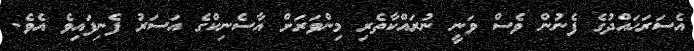
އެސަރަހައްދުގެ ފެނުން ވެސް ވަނީ ނުރައްކާތެރި މިންވަރަށް އާސެނިކްގެ އަސަރު ފެނިފައިވެ އެވެ.